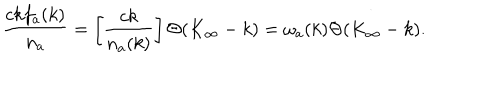
{ \frac { c k f _ { a } ( k ) } { n _ { a } } } = \left[ { \frac { c k } { n _ { a } ( k ) } } \right] \Theta ( K _ { \infty } - k ) = \omega _ { a } ( k ) \Theta ( K _ { \infty } - k ) .